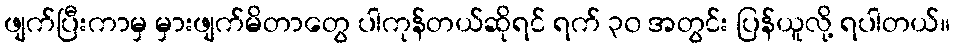
ဖျက်ပြီးကာမှ မှားဖျက်မိတာတွေ ပါကုန်တယ်ဆိုရင် ရက် ၃၀ အတွင်း ပြန်ယူလို့ ရပါတယ်။